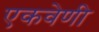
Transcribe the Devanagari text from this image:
एकवेणी